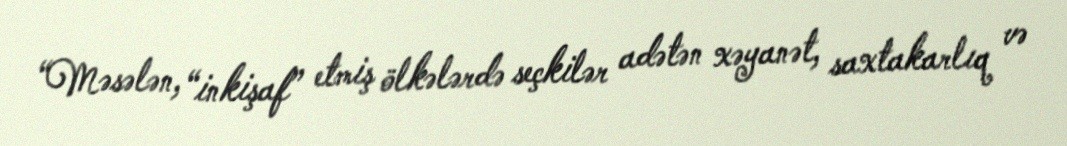
“Məsələn, “inkişaf” etmiş ölkələrdə seçkilər adətən xəyanət, saxtakarlıq və